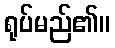
ရုပ်မည်၏။